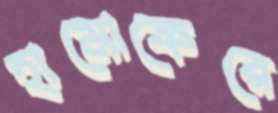
হামোকেরে